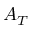
A _ { T }